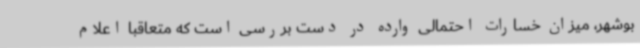
بوشهر، میزان خسارات احتمالی وارده در دست بررسی است که متعاقباً اعلام